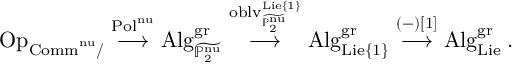
\mathrm { O p } _ { \mathrm { C o m m } ^ { \mathrm { n u } } / } \stackrel { \mathrm { P o l } ^ { \mathrm { n u } } } { \longrightarrow } \mathrm { A l g } _ { \widetilde { \mathbb { P } _ { 2 } ^ { \mathrm { n u } } } } ^ { \mathrm { g r } } \stackrel { \mathrm { o b l v } _ { \widetilde { \mathbb { P } _ { 2 } ^ { \mathrm { n u } } } } ^ { \mathrm { L i e } \{ 1 \} } } { \longrightarrow } \mathrm { A l g } _ { \mathrm { L i e } \{ 1 \} } ^ { \mathrm { g r } } \stackrel { ( - ) [ 1 ] } { \longrightarrow } \mathrm { A l g } _ { \mathrm { L i e } } ^ { \mathrm { g r } } \: .